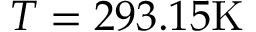
T = 2 9 3 . 1 5 \mathrm { K }